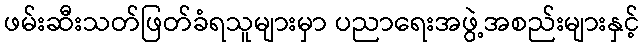
ဖမ်းဆီးသတ်ဖြတ်ခံရသူများမှာ ပညာရေးအဖွဲ့အစည်းများနှင့်